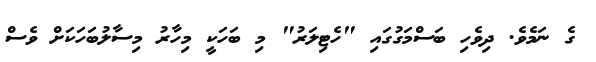
ގެ ނަމެވެ. ދިވެހި ބަސްމަގުގައި "ހެޓިލަރު" މި ބަހަކީ މިހާރު މިސާލުބަހަކަށް ވެސް